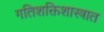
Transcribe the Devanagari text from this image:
गतिशक्तिशास्त्रात